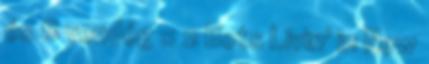
és 8 vendég :: 2 Bots Livin' in New